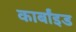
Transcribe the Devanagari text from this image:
कार्बांइड